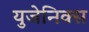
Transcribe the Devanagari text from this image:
युजेनिक्स